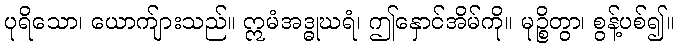
ပုရိသော၊ ယောက်ျားသည်။ ဣမံအဒ္ဓုဃရံ၊ ဤနှောင်အိမ်ကို။ မုဉ္စိတွာ၊ စွန့်ပစ်၍။